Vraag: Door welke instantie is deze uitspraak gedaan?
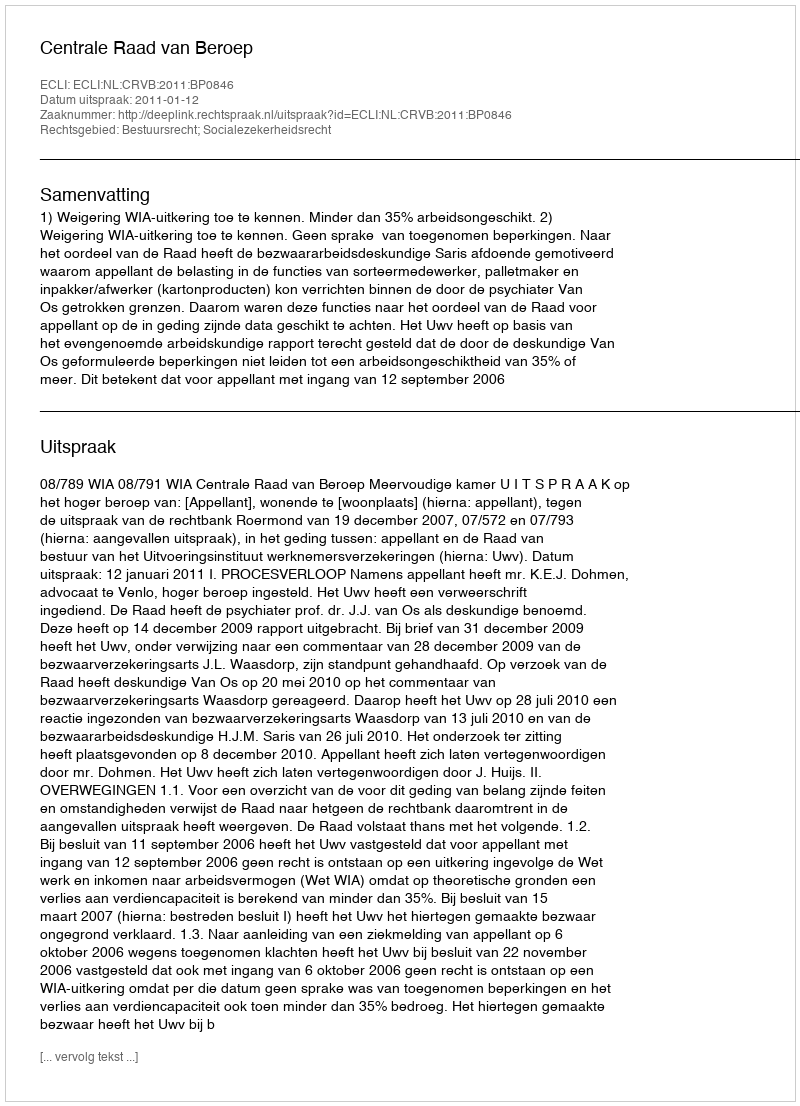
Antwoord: Centrale Raad van Beroep